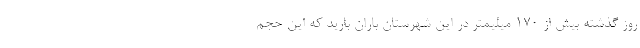
روز گذشته بیش از ۱۷۰ میلیمتر در این شهرستان باران بارید که این حجم